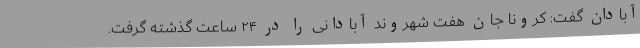
آبادان گفت: کرونا جان هفت شهروند آبادانی را در ۲۴ ساعت گذشته گرفت.